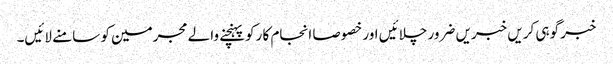
خبر گوہی کریں خبریں ضرور چلائیں اور خصوصا انجام کا رکو پہنچنے والے مجرمین کو سامنے لائیں۔